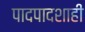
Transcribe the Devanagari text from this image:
पादपादशाही